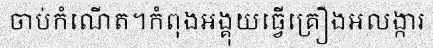
ចាប់កំណើត។កំពុងអង្គុយធ្វើគ្រឿងអលង្ការ